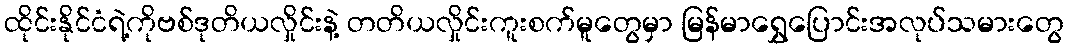
ထိုင်းနိုင်ငံရဲ့ကိုဗစ်ဒုတိယလှိုင်းနဲ့ တတိယလှိုင်းကူးစက်မူတွေမှာ မြန်မာရွှေပြောင်းအလုပ်သမားတွေ